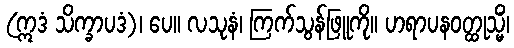
(ဣဒံ သိက္ခာပဒံ)၊ ပေ။ လသုနံ၊ ကြက်သွန်ဖြူကို။ ဟရာပနဝတ္ထုသ္မိံ၊